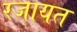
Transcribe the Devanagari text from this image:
रजायत